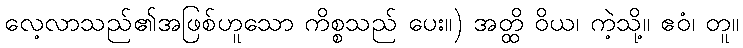
လေ့လာသည်၏အဖြစ်ဟူသော ကိစ္စသည် ပေး။) အတ္ထိ ဝိယ၊ ကဲ့သို့။ ဧဝံ၊ တူ။